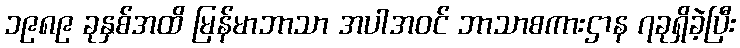
၁၉၈၉ ခုနှစ်အထိ မြန်မာဘာသာ အပါအဝင် ဘာသာစကားဌာန ၇ခုရှိခဲ့ပြီး